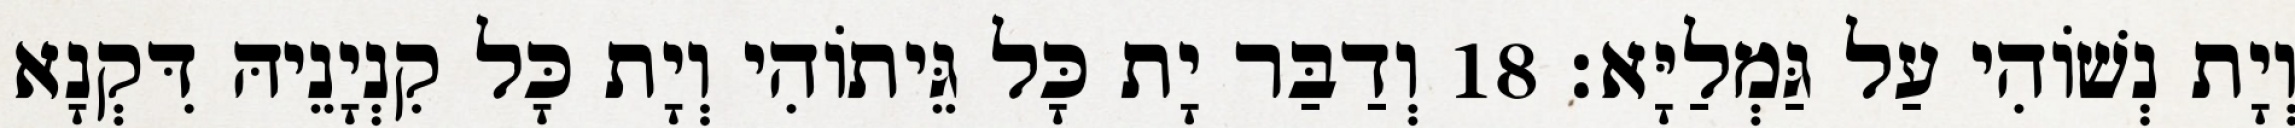
וְיָת נְשׁוֹהִי עַל גַּמְלַיָּא׃ 18 וְדַבַּר יָת כָּל גֵּיתוֹהִי וְיָת כָּל קִנְיָנֵיהּ דִּקְנָא